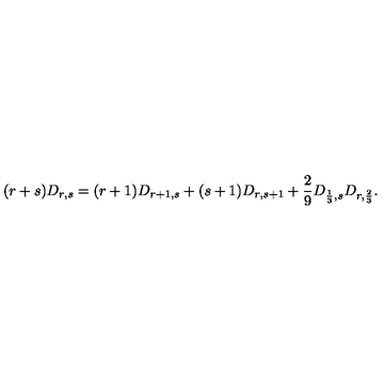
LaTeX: ( r + s ) D _ { r , s } = ( r + 1 ) D _ { r + 1 , s } + ( s + 1 ) D _ { r , s + 1 } + { \frac { 2 } { 9 } } D _ { { \frac { 1 } { 3 } } , s } D _ { r , { \frac { 2 } { 3 } } } .